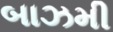
બાઝમી